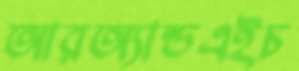
আরঅ্যান্ডএইচ